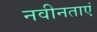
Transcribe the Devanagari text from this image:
नवीनताएं